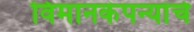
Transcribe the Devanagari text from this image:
विमानकंपन्यांचे